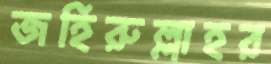
জহিরুল্লাহর